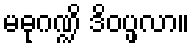
မဓုဂဏ္ဍိ ဒိဝပ္ဖလာ။